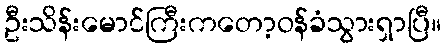
ဦးသိန်းမောင်ကြီးကတော့ဝန်ခံသွားရှာပြီ။